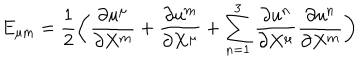
E _ { \mu \mathrm { m } } = { \frac { 1 } { 2 } } \biggl ( { \frac { \partial u ^ { \mu } } { \partial X ^ { \mathrm { m } } } } + { \frac { \partial u ^ { \mathrm { m } } } { \partial X ^ { \mu } } } + \sum _ { \mathrm { n } = 1 } ^ { 3 } { \frac { \partial u ^ { \mathrm { n } } } { \partial X ^ { \mu } } } { \frac { \partial u ^ { \mathrm { n } } } { \partial X ^ { \mathrm { m } } } } \biggr )